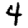
Digit: 4